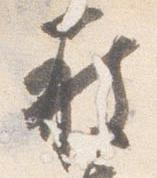
被